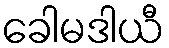
ခေါမဒါယီ